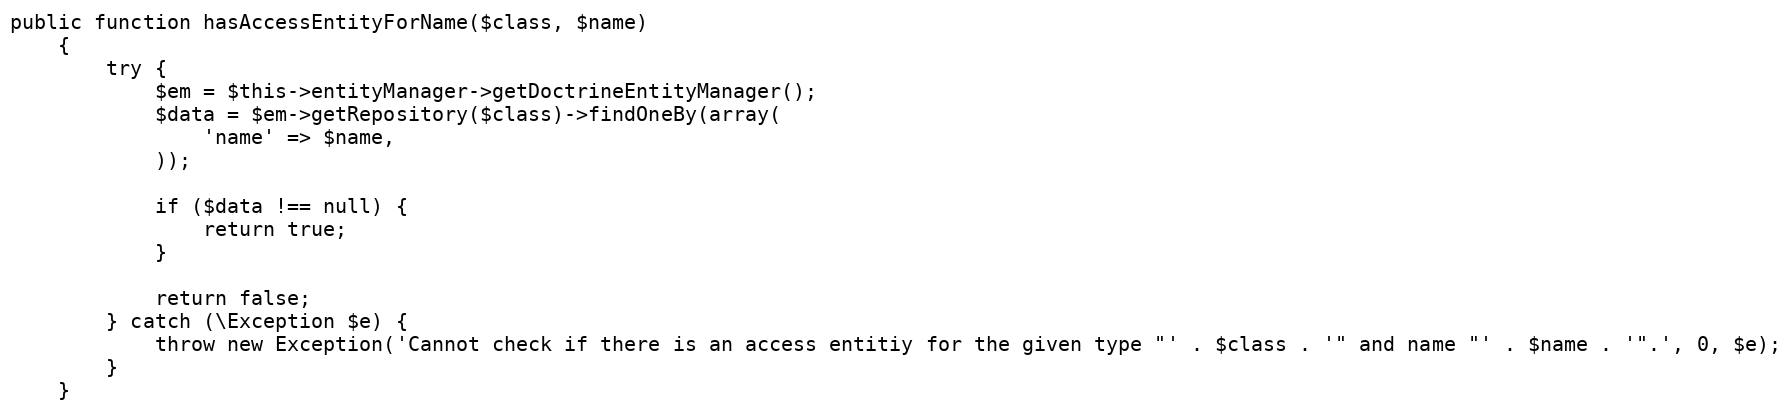
Language: PHP
public function hasAccessEntityForName($class, $name)
    {
        try {
            $em = $this->entityManager->getDoctrineEntityManager();
            $data = $em->getRepository($class)->findOneBy(array(
                'name' => $name,
            ));

            if ($data !== null) {
                return true;
            }

            return false;
        } catch (\Exception $e) {
            throw new Exception('Cannot check if there is an access entitiy for the given type "' . $class . '" and name "' . $name . '".', 0, $e);
        }
    }